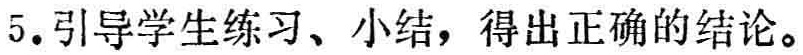
5. 引导学生练习、小结，得出正确的结论。